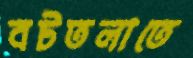
বটতলাতে